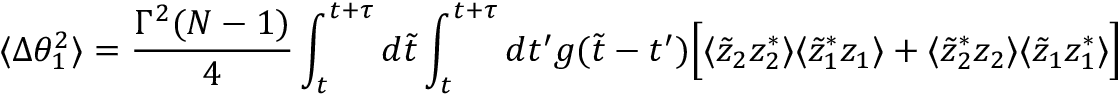
\langle \Delta \theta _ { 1 } ^ { 2 } \rangle = { \frac { \Gamma ^ { 2 } ( N - 1 ) } { 4 } } \int _ { t } ^ { t + \tau } d \tilde { t } \int _ { t } ^ { t + \tau } d t ^ { \prime } g ( \tilde { t } - t ^ { \prime } ) \Big [ \langle \tilde { z } _ { 2 } z _ { 2 } ^ { * } \rangle \langle \tilde { z } _ { 1 } ^ { * } z _ { 1 } \rangle + \langle \tilde { z } _ { 2 } ^ { * } z _ { 2 } \rangle \langle \tilde { z } _ { 1 } z _ { 1 } ^ { * } \rangle \Big ]